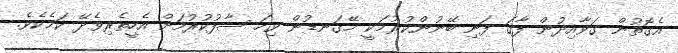
އެގޮތުން ގަވާއިދުން ފާގަ ފަނި ބޭނުންކުރުމަކީ މޭގަނޑުން ވިހަ ސާފުކުރުމަށް އެހީތެރިވެދޭ ކަމެކެވެ.